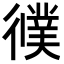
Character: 𢖃